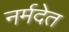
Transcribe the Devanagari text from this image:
नर्मदेत